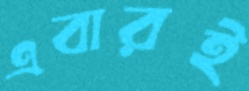
এবারই